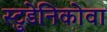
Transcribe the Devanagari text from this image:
स्टुडेनिकोवा